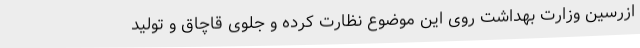
ازرسین وزارت بهداشت روی این موضوع نظارت کرده و جلوی قاچاق و تولید